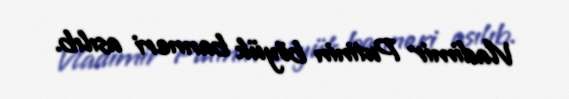
Vladimir Putinin böyük banneri asılıb.